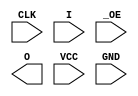
/*
 * Copyright (C) 2010, Jason S. McMullan. All rights reserved.
 *
 * This program is free software; you can redistribute it and/or
 * modify it under the terms of the GNU General Public License
 * as published by the Free Software Foundation; either version 2
 * of the License, or (at your option) any later version.
 *
 * This program is distributed in the hope that it will be useful,
 * but WITHOUT ANY WARRANTY; without even the implied warranty of
 * MERCHANTABILITY or FITNESS FOR A PARTICULAR PURPOSE.  See the
 * GNU General Public License for more details.
 *
 * You should have received a copy of the GNU General Public License
 * along with this program; if not, write to the Free Software
 * Foundation, Inc., 51 Franklin Street, Fifth Floor,
 * Boston, MA 02110-1301, USA.
 *
 */

module galpal_16R8 (
	input	CLK,		// Pin 1
	input	[8:1] I,	// Pin 2-9
	input	_OE,		// Pin 11
	output	[8:1] O,	// Pin 12-19
	input	VCC,		// Pin 20
	input	GND		// Pin 10
);

/* TODO! */

endmodule